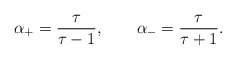
\begin{align*}\alpha_+ = {\tau\over\tau - 1} , \qquad \alpha_- = {\tau\over \tau + 1} .\end{align*}